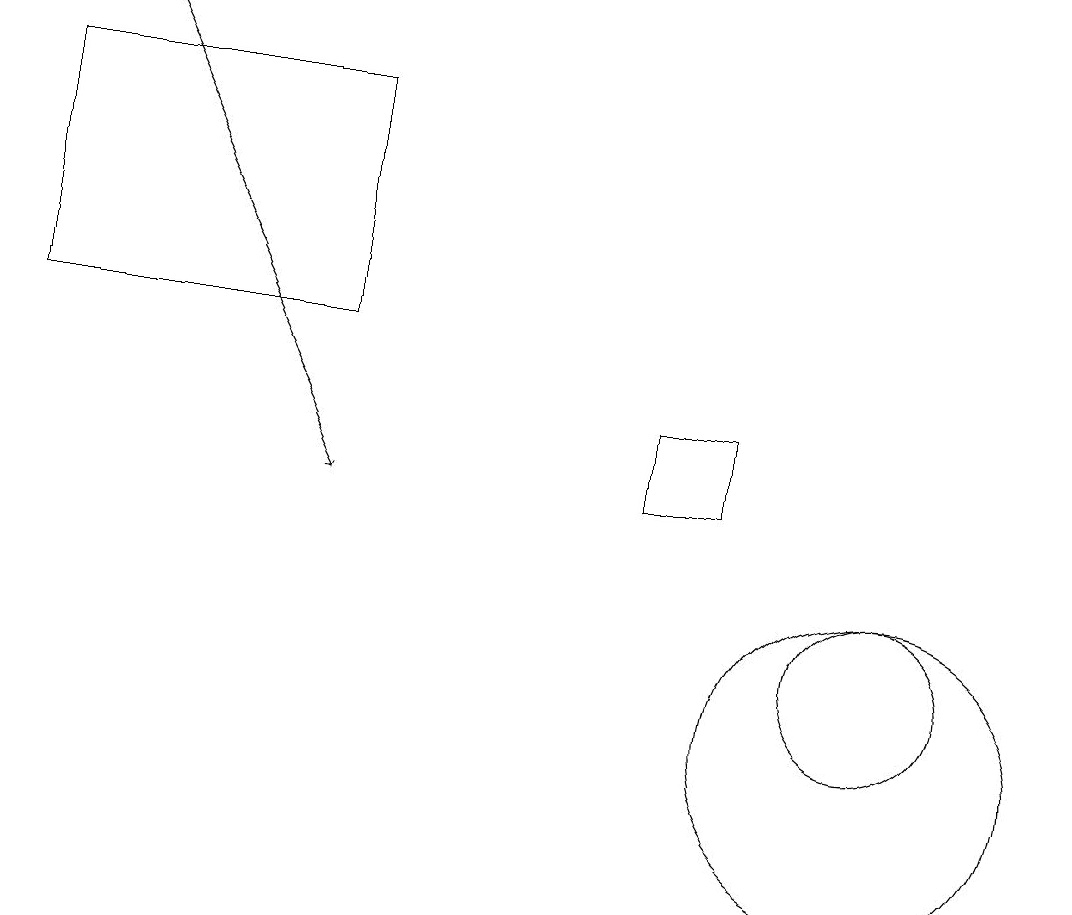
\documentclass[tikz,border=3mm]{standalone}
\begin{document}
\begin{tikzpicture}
\draw (8,13) rectangle (9,14);
\draw (11,11) circle (1);
\draw (11,10) circle (2);
\draw[->] (1,19) -- (4,13);
\draw (0,18) rectangle (4,15);
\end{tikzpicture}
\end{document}